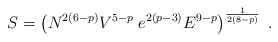
\begin{align*}S = \left( N^{2 (6 - p)} V^{5 - p} \; e^{2 (p - 3)} E^{9 - p} \right)^{\frac{1}{2 (8 - p)}} \; .\end{align*}